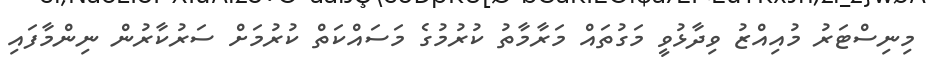
މިނިސްޓަރު މުއިއްޒު ވިދާޅުވީ މަގުތައް މަރާމާތު ކުރުމުގެ މަސައްކަތް ކުރުމަށް ސަރުކާރުން ނިންމާފައި